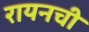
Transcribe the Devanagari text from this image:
रायनची